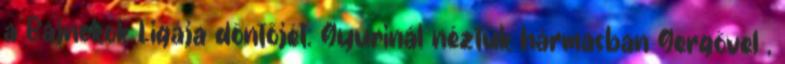
a Bajnokok Ligája döntőjét. Gyurinál néztük hármasban Gergővel ,